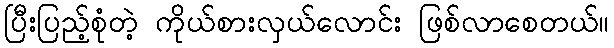
ပြီးပြည့်စုံတဲ့ ကိုယ်စားလှယ်လောင်း ဖြစ်လာစေတယ်။